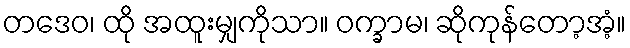
တဒေဝ၊ ထို အထူးမျှကိုသာ။ ဝက္ခာမ၊ ဆိုကုန်တော့အံ့။